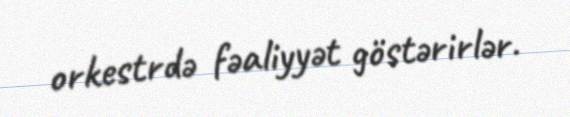
orkestrdə fəaliyyət göstərirlər.